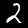
Label: 2